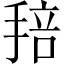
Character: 𢮏